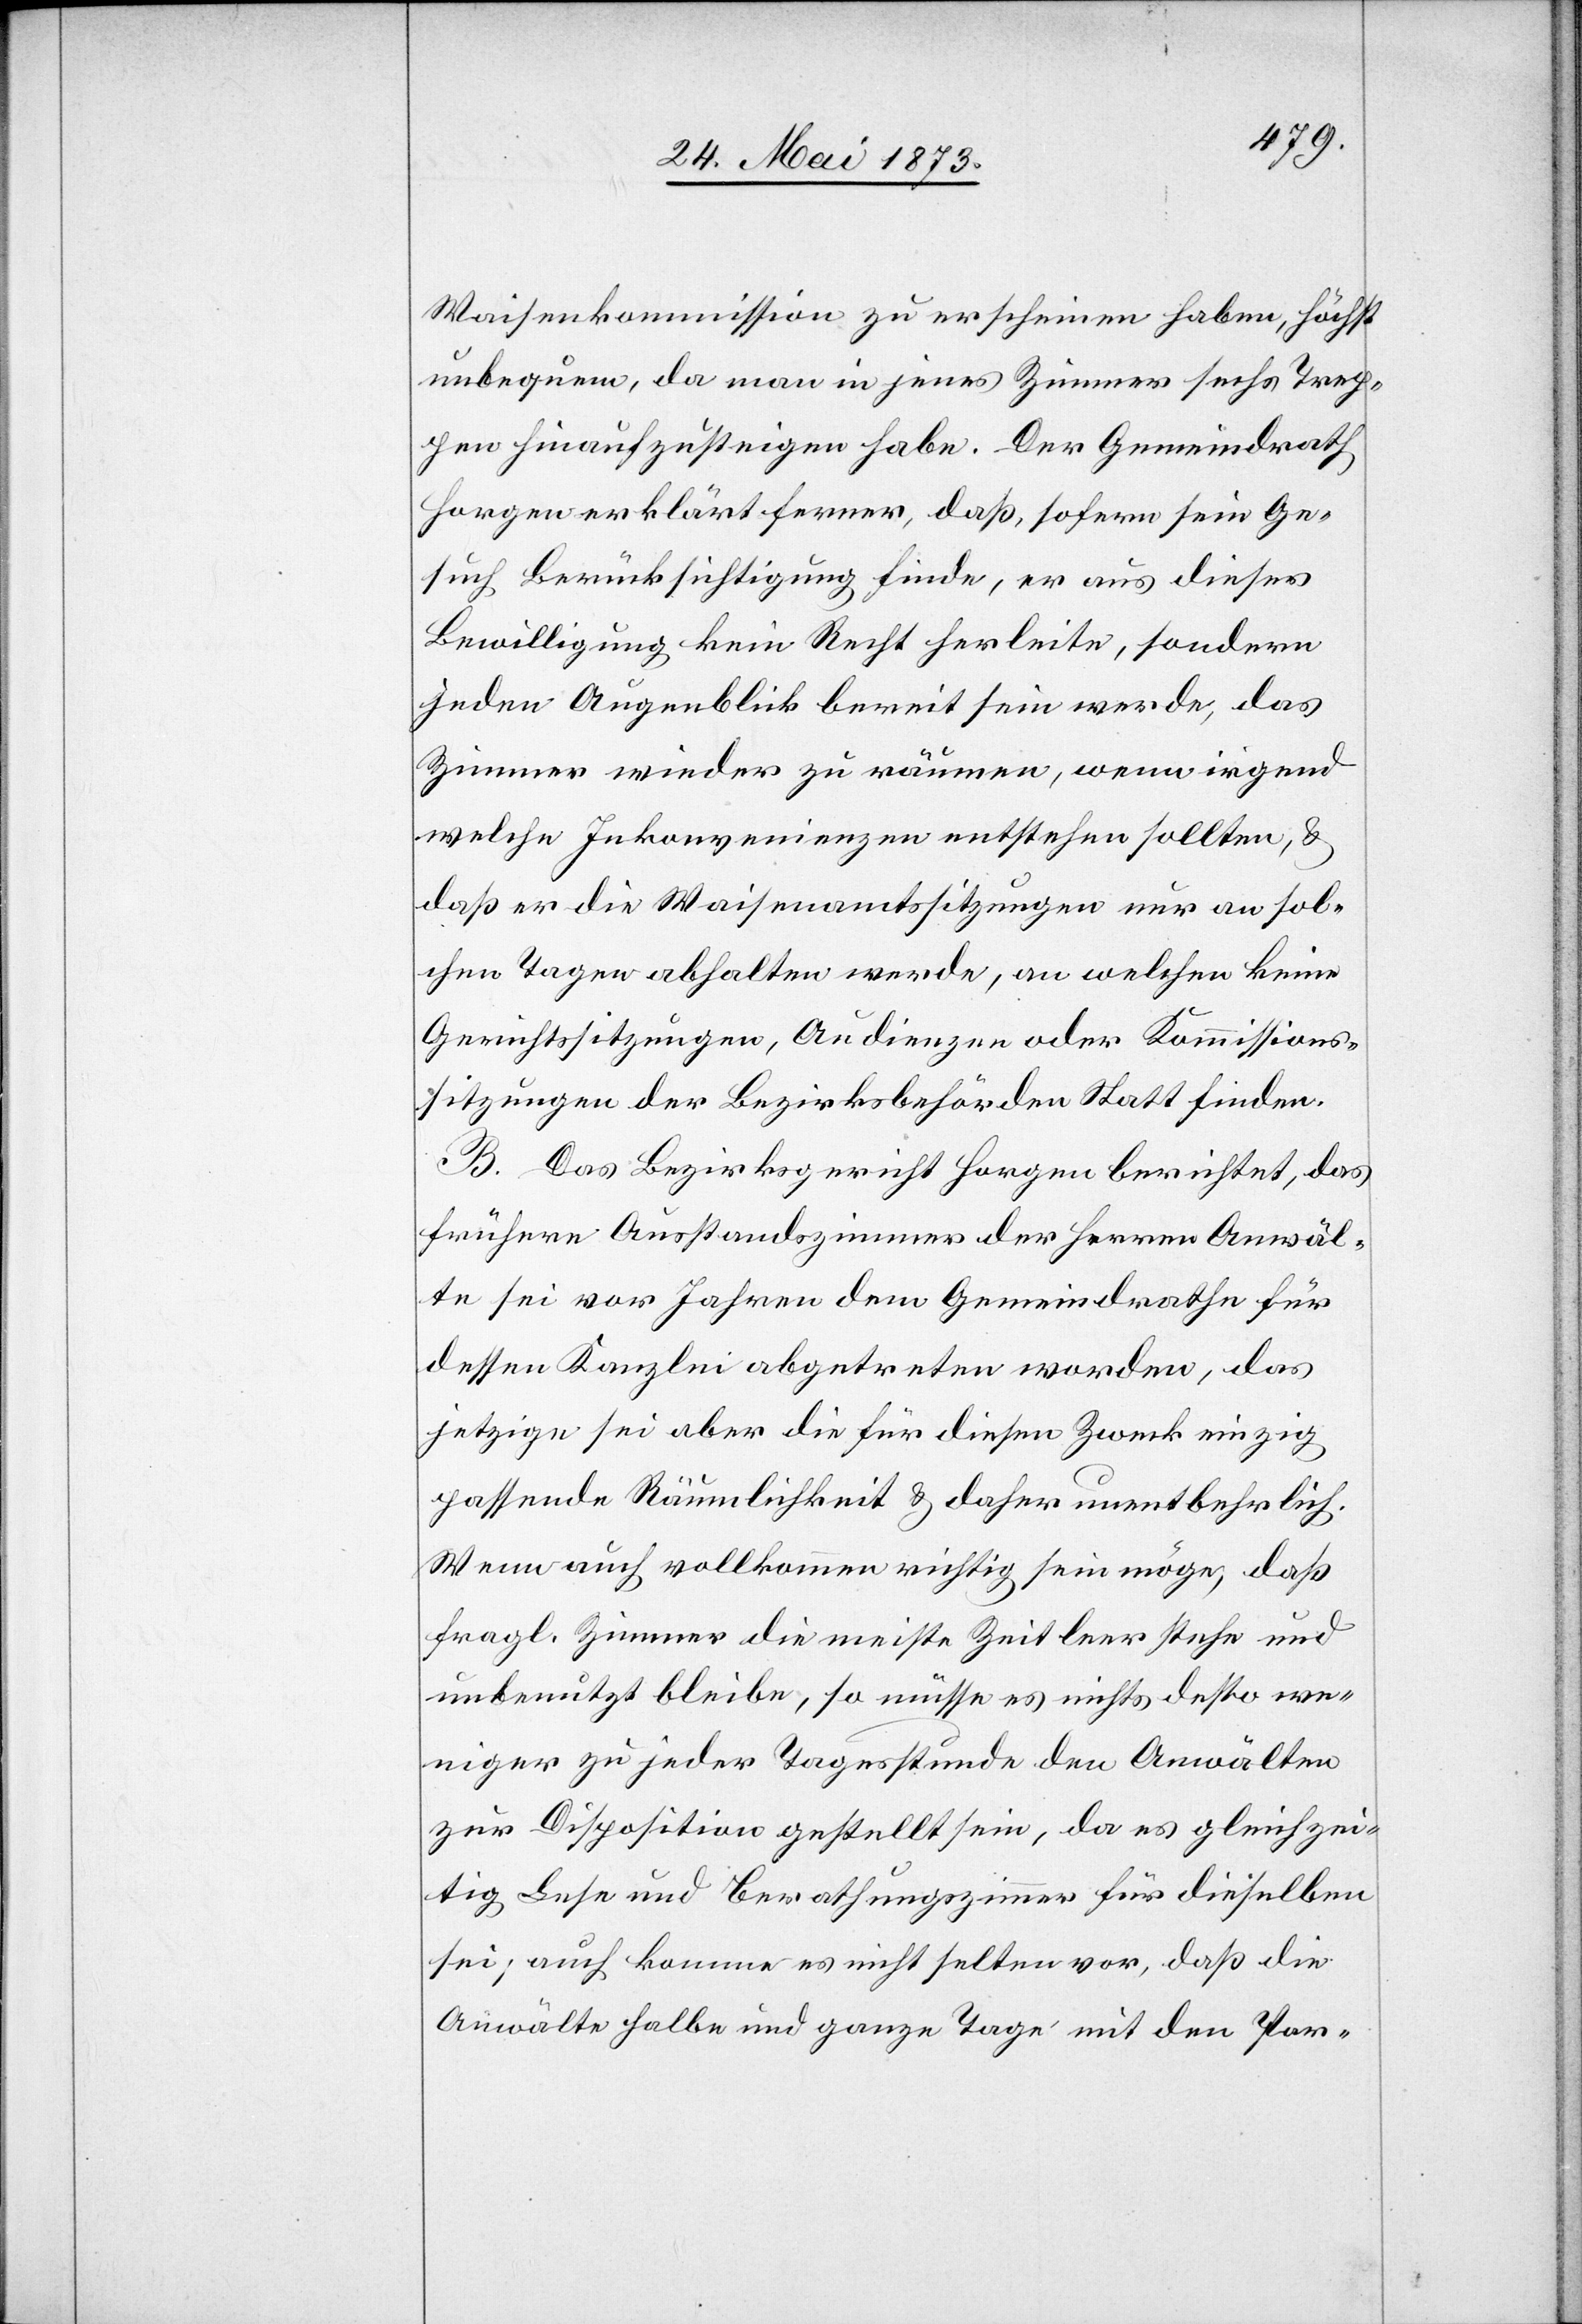
Waisenkommission zu erscheinen haben, höchst
unbequem, da man in jenes Zimmer sechs Trep¬
pen hinaufzusteigen habe. Der Gemeindrath
Horgen erklärt ferner, daß, sofern sein Ge¬
such Berücksichtigung finde, er aus dieser
Bewilligung kein Recht herleite, sondern
jeden Augenblick bereit sein werde, das
Zimmer wieder zu räumen, wenn irgend
welche Inkonvenienzen entstehen sollten, &
daß er die Waisenamtssitzungen nur an sol¬
chen Tagen abhalten werde, an welchen keine
Gerichtssitzungen, Audienzen oder Kommissions¬
sitzungen der Bezirksbehörden stattfinden.
B. Das Bezirksgericht Horgen berichtet, das
frühere Ausstandszimmer der Herren Anwäl¬
te sei vor Jahren dem Gemeindrathe für
dessen Kanzlei abgetreten worden, das
jetzige sei aber die für diesen Zweck einzig
passende Räumlichkeit & daher unentbehrlich.
Wenn auch vollkommen richtig sein möge, daß
fragl. Zimmer die meiste Zeit leer stehe und
unbenutzt bleibe, so müsse es nichts desto we¬
niger zu jeder Tagesstunde den Anwälten
zur Disposition gestellt sein, da es gleichzei¬
tig Lese und Berathungszimmer für dieselben
sei; auch komme es nicht selten vor, daß die
Anwälte halbe und ganze Tage mit den Par-